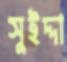
সুইদ্দা